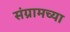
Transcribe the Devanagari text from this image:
संग्रामच्या